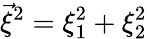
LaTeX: {\vec{\xi}}^{2}=\xi_{1}^{2}+\xi_{2}^{2}